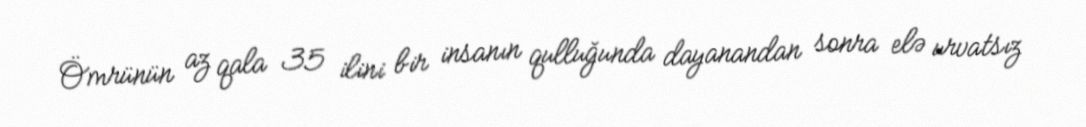
Ömrünün az qala 35 ilini bir insanın qulluğunda dayanandan sonra elə urvatsız